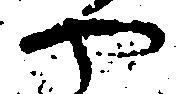
や